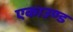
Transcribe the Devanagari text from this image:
एकाउण्ड